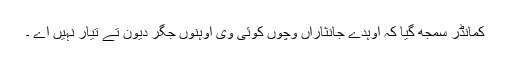
کمانڈر سمجھ گیا کہ اوہدے جانثاراں وچوں کوئی وی اوہنوں جگر دیون تے تیار نہیں اے ۔